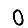
Digit: 0